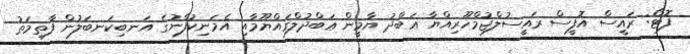
ފޮޓޯ: ރައީސް އޮފީސް ރައީސުލްޖުމްހޫރިއްޔާ ޢަބްދު ޔާމީން ޢަބްދުލްޤައްޔޫމާއި އެމަނިކުފާނުގެ އަނބިކަނބަލުން ފާތިމަތު